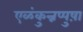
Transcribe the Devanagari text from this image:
एळंकुन्नप्पुष़ा